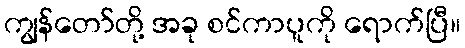
ကျွန်တော်တို့ အခု စင်ကာပူကို ရောက်ပြီ။